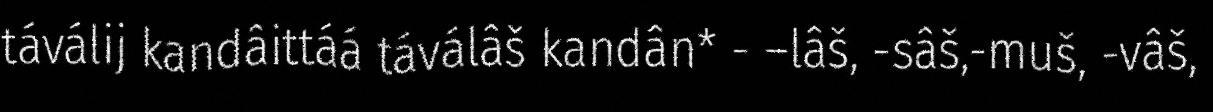
táválij kandâittáá táválâš kandân* - –lâš, -sâš,-muš, -vâš,